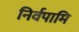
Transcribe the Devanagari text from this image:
निर्वपामि